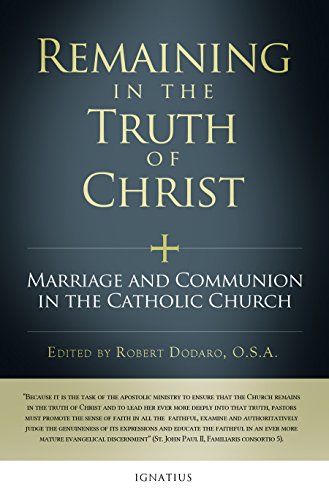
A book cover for Remaining in the Truth of Christ: Marriage and Communion in the Catholic Church; Various; Christian Books & Bibles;